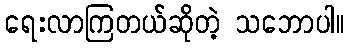
ရေးလာကြတယ်ဆိုတဲ့ သဘောပါ။